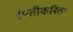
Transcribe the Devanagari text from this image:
दंपतीकरिता